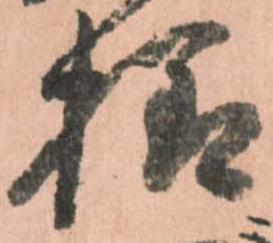
様